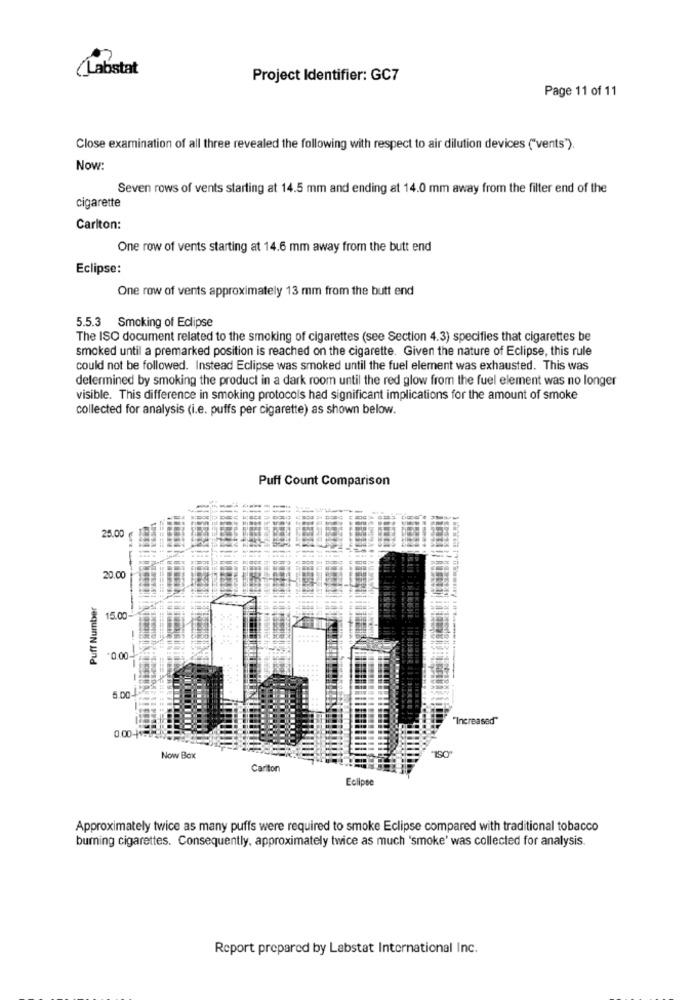
(Labstat
Project Identifier: GC7
Page 11 of 11
Close examination of all three revealed the following with respect to air dilution devices ("vents").
Now:
Seven rows of vents starting at 14.5 mm and ending at 14.0 mm away from the filter end of the
cigarette
Carlton:
One row of vents starting at 14.6 mm away from the butt end
Eclipse:
One row of vents approximately 13 mm from the butt end
5.5.3 Smoking of Eclipse
The ISO document related to the smoking of cigarettes (see Section 4.3) specifies that cigarettes be
smoked until a premarked position is reached on the cigarette. Given the nature of Eclipse, this rule
could not be followed. Instead Eclipse was smoked until the fuel element was exhausted. This was
determined by smoking the product in a dark room until the red glow from the fuel element was no longer
visible. This difference in smoking protocols had significant implications for the amount of smoke
collected for analysis (i.e. puffs per cigarette) as shown below.
Puff Count Comparison
25.00
--
20.00
Puff Number
15.00
-0.00.
"Increased"
0.00-+ **
Now Box
Cariton
Eclipse
Approximately twice as many puffs were required to smoke Eclipse compared with traditional tobacco
burning cigarettes. Consequently, approximately twice as much 'smoke' was collected for analysis.
Report prepared by Labstat International Inc.